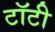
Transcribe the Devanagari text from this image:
टॉटी